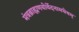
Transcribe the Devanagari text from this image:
मंत्रब्राह्मणयोर्वेदनामधेयम्